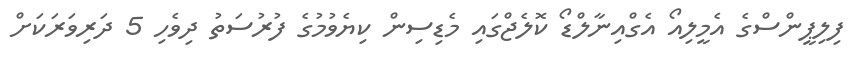
ފިލިޕީންސްގެ އެމީލިއޯ އެގްއިނާލްޑޯ ކޮލެޖްގައި މެޑިސިން ކިޔެވުމުގެ ފުރުސަތު ދިވެހި 5 ދަރިވަރަކަށް